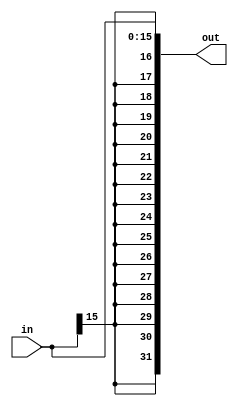
// sign_extend

module sign_extend ( in,
					 out);
					 
	input  [15:0] in;
	output [31:0] out;
	
	assign out =  {{16{in[15]}},in[15:0]};
	
  
endmodule